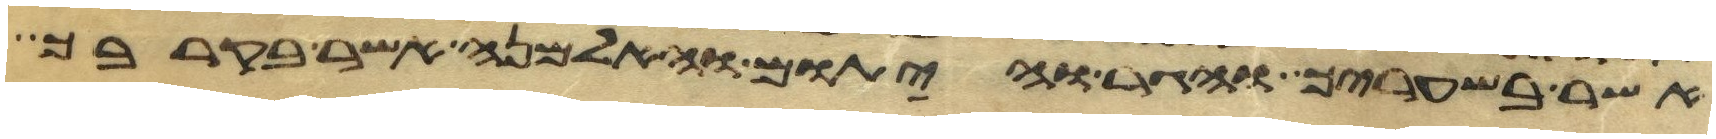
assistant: אשר בשעריך והגר והיתום והאלמנה אשר בקרבך